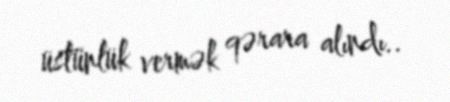
üstünlük vermək qərara alındı..